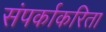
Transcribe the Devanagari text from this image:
संपर्काकरिता